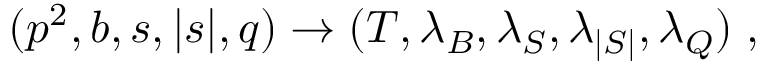
( p ^ { 2 } , b , s , | s | , q ) \rightarrow ( T , \lambda _ { B } , \lambda _ { S } , \lambda _ { | S | } , \lambda _ { Q } ) \; ,